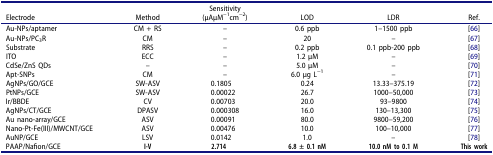
<table><thead><tr><td><b>Electrode</b></td><td><b>Method</b></td><td><b>Sensitivity(μAμM<sup>−1</sup>cm<sup>−2</sup>)</b></td><td><b>LOD</b></td><td><b>LDR</b></td><td><b>Ref.</b></td></tr></thead><tbody><tr><td>Au-NPs/aptamer</td><td>CM + RS</td><td>–</td><td>0.6 ppb</td><td>1–1500 ppb</td><td>[66]</td></tr><tr><td>Au-NPs/PC<sub>3</sub>R</td><td>CM</td><td>–</td><td>20</td><td>–</td><td>[67]</td></tr><tr><td>Substrate</td><td>RRS</td><td>–</td><td>0.2 ppb</td><td>0.1 ppb-200 ppb</td><td>[68]</td></tr><tr><td>ITO</td><td>ECC</td><td>–</td><td>1.2 μM</td><td>–</td><td>[69]</td></tr><tr><td>CdSe/ZnS QDs</td><td>–</td><td>–</td><td>5.0 μM</td><td>–</td><td>[70]</td></tr><tr><td>Apt-SNPs</td><td>CM</td><td>–</td><td>6.0 μg L<sup>−1</sup></td><td>–</td><td>[71]</td></tr><tr><td>AgNPs/GO/GCE</td><td>SW-ASV</td><td>0.1805</td><td>0.24</td><td>13.33–375.19</td><td>[72]</td></tr><tr><td>PtNPs/GCE</td><td>SW-ASV</td><td>0.00022</td><td>26.7</td><td>1000–50,000</td><td>[73]</td></tr><tr><td>Ir/BBDE</td><td>CV</td><td>0.00703</td><td>20.0</td><td>93–9800</td><td>[74]</td></tr><tr><td>AgNPs/CT/GCE</td><td>DPASV</td><td>0.000308</td><td>16.0</td><td>130–13,300</td><td>[75]</td></tr><tr><td>Au nano-array/GCE</td><td>ASV</td><td>0.00091</td><td>80.0</td><td>9800–59,200</td><td>[76]</td></tr><tr><td>Nano-Pt-Fe(III)/MWCNT/GCE</td><td>ASV</td><td>0.00476</td><td>10.0</td><td>100–10,000</td><td>[77]</td></tr><tr><td>AuNP/GCE</td><td>LSV</td><td>0.0142</td><td>1.0</td><td>–</td><td>[78]</td></tr><tr><td>PAAP/Nafion/GCE</td><td><b>I-V</b></td><td><b>2.714</b></td><td><b>6.8 ± 0.1 nM</b></td><td><b>10.0 nM to 0.1 M</b></td><td><b>This</b><b>work</b></td></tr></tbody></table>